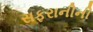
સફરાનીની